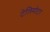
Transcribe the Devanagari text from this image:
टेलिमोटर